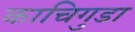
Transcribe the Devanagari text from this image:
काचिगुडा